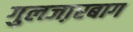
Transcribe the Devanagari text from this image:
गुलजा़रबाग